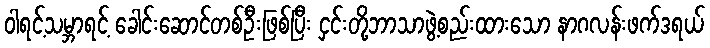
ဝါရင့်သမ္ဘာရင့် ခေါင်းဆောင်တစ်ဦးဖြစ်ပြီး ငှင်းတို့ဘာသာဖွဲ့စည်းထားသော နာဂလန်းဖက်ဒရယ်